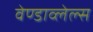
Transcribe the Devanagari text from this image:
वेण्डाव्लेल्स